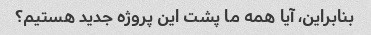
بنابراین، آیا همه ما پشت این پروژه جدید هستیم؟